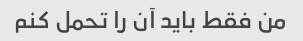
من فقط باید آن را تحمل کنم